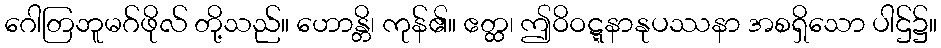
ဂေါတြဘူမဂ်ဖိုလ် တို့သည်။ ဟောန္တိ၊ ကုန်၏။ ဧတ္ထ၊ ဤဝိဝဋ္ဋနာနုပဿနာ အစရှိသော ပါဌ်၌။